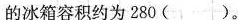
的冰箱容积约为 280 ()。